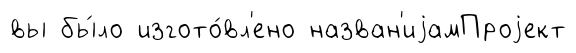
вы бы́ло изгото́вл'ено назван'иjамПроjект